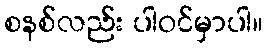
စနစ်လည်း ပါဝင်မှာပါ။